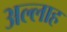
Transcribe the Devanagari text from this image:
अल्‍लाह